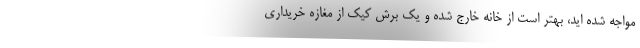
مواجه شده اید، بهتر است از خانه خارج شده و یک برش کیک از مغازه خریداری